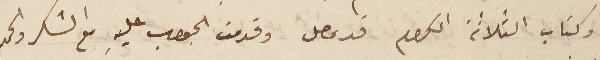
وكتاب الثلاثة الكرام قد وصل وقدمت الجواب عليهِ مع الشكر والحمد